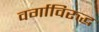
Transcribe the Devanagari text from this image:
वर्गाविरुद्ध